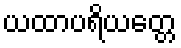
ယထာပရိယတ္တေ